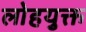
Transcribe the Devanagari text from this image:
लोहयुक्त